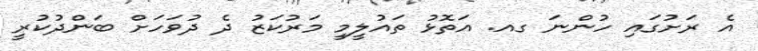
އެ ރަށުގައި ހުންނަ ގއ. އަތޮޅު ތައުލީމީ މަރުކަޒު ދެ ދުވަހަށް ބަންދުކުރީ